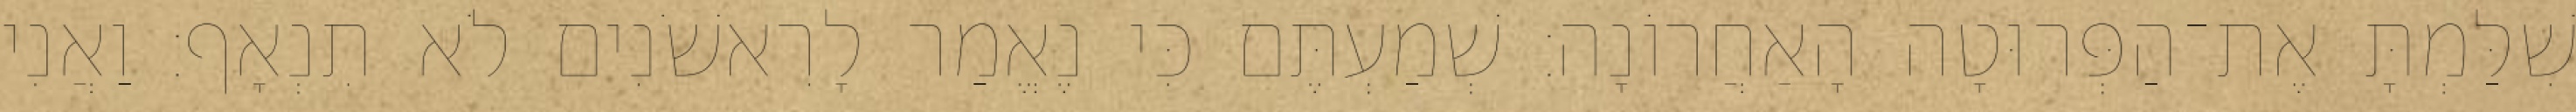
שִׁלַּמְתָּ אֶת־הַפְּרוּטָה הָאַחֲרוֹנָה׃ שְׁמַעְתֶּם כִּי נֶאֱמַר לָרִאשֹׁנִים לֹא תִנְאָף׃ וַאֲנִי